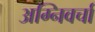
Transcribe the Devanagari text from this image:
अग्निवर्चा